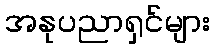
အနုပညာရှင်များ